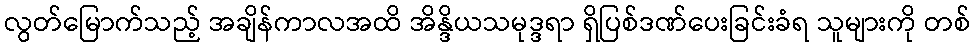
လွတ်မြောက်သည့် အချိန်ကာလအထိ အိန္ဒိယသမုဒ္ဒရာ ရှိပြစ်ဒဏ်ပေးခြင်းခံရ သူများကို တစ်